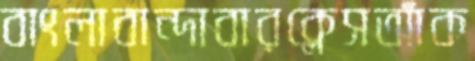
বাংলাবান্দাবারক্লেসআঁক